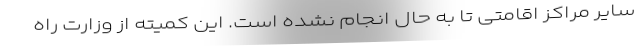
سایر مراکز اقامتی تا به حال انجام نشده است. این کمیته از وزارت راه